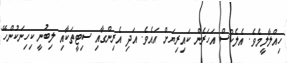
ހިއްލާލީމެވެ. އެލެކްސް އަހަރެން ކައިރިޔަށް އައެވެ. އަދި އެރިންގާއި ސިޓީތަކާއި ލިބުނީ ކިހިނަކުންހޭ